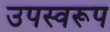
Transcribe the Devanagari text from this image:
उपस्वरूप